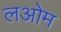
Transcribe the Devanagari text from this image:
लओम